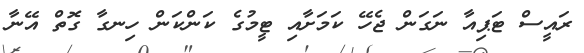
ރައީސް ޓަޕިއާ ނަގަން ޖެހޭ ކަމަށާއި ޓީމުގެ ކަންކަން ހިނގާ ގޮތް އޭނާ